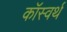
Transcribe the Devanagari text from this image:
कॉस्वर्थ